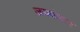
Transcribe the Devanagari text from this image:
जयकेदार